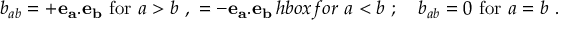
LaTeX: b _ { a b } = + { \bf e _ { a } . e _ { b } } \ \mathrm { f o r } \ a > b \ , \ = - { \bf e _ { a } . e _ { b } } \, h b o x { f o r } \ a < b \ ; \quad b _ { a b } = 0 \ \mathrm { f o r } \ a = b \ .